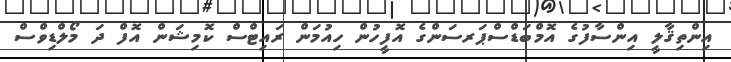
އިންތިޤާލީ އިންސާފުގެ އޮމްބަޑްސްޕަރސަންގެ އޮފީހުން ހިއުމަން ރައިޓްސް ކޮމިޝަން އޮފް ދަ މޯލްޑިވްސް